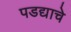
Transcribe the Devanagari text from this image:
पडद्याचे